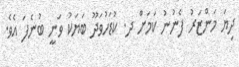
ދިޔަ މަންޒަރު ފެނުނު ކަމަށް ދ. ކުޑަހުވަދޫ ބަޔަކު ވަނީ ބުނެފަ އެވެ.